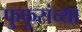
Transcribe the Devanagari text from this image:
फुफुसंच्या